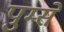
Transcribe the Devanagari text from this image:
पुम्से